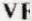
VE